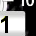
Digit: 1